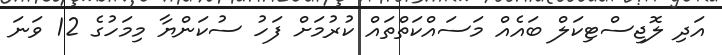
އަދި ލޮޖިސްޓިކަލް ބައެއް މަސައްކަތްތައް ކުރުމަށް ފަހު ސުކަންޔާ މިމަހުގެ 12 ވަނަ